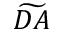
\widetilde { D A }